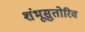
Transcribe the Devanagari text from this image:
शंभूसुतोरिव